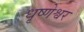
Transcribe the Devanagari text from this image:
धृष्णेश्वर